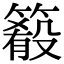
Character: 𥳴